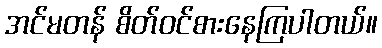
အင်မတန် စိတ်ဝင်စားနေကြပါတယ်။